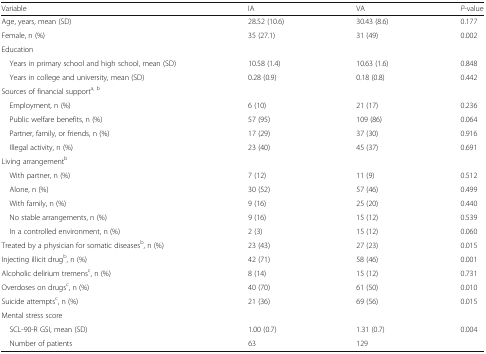
<table><thead><tr><td><b>Variable</b></td><td><b>IA</b></td><td><b>VA</b></td><td><b><i>P</i>-value</b></td></tr></thead><tbody><tr><td>Age, years, mean (SD)</td><td>28.52 (10.6)</td><td>30.43 (8.6)</td><td>0.177</td></tr><tr><td>Female, n (%)</td><td>35 (27.1)</td><td>31 (49)</td><td>0.002</td></tr><tr><td colspan="4">Education</td></tr><tr><td> Years in primary school and high school, mean (SD)</td><td>10.58 (1.4)</td><td>10.63 (1.6)</td><td>0.848</td></tr><tr><td> Years in college and university, mean (SD)</td><td>0.28 (0.9)</td><td>0.18 (0.8)</td><td>0.442</td></tr><tr><td colspan="4">Sources of financial support<sup>a, b</sup></td></tr><tr><td> Employment, n (%)</td><td>6 (10)</td><td>21 (17)</td><td>0.236</td></tr><tr><td> Public welfare benefits, n (%)</td><td>57 (95)</td><td>109 (86)</td><td>0.064</td></tr><tr><td> Partner, family, or friends, n (%)</td><td>17 (29)</td><td>37 (30)</td><td>0.916</td></tr><tr><td> Illegal activity, n (%)</td><td>23 (40)</td><td>45 (37)</td><td>0.691</td></tr><tr><td colspan="4">Living arrangement<sup>b</sup></td></tr><tr><td> With partner, n (%)</td><td>7 (12)</td><td>11 (9)</td><td>0.512</td></tr><tr><td> Alone, n (%)</td><td>30 (52)</td><td>57 (46)</td><td>0.499</td></tr><tr><td> With family, n (%)</td><td>9 (16)</td><td>25 (20)</td><td>0.440</td></tr><tr><td> No stable arrangements, n (%)</td><td>9 (16)</td><td>15 (12)</td><td>0.539</td></tr><tr><td> In a controlled environment, n (%)</td><td>2 (3)</td><td>15 (12)</td><td>0.060</td></tr><tr><td>Treated by a physician for somatic diseases<sup>b</sup>, n (%)</td><td>23 (43)</td><td>27 (23)</td><td>0.015</td></tr><tr><td>Injecting illicit drug<sup>b</sup>, n (%)</td><td>42 (71)</td><td>58 (46)</td><td>0.001</td></tr><tr><td>Alcoholic delirium tremens<sup>c</sup>, n (%)</td><td>8 (14)</td><td>15 (12)</td><td>0.731</td></tr><tr><td>Overdoses on drugs<sup>c</sup>, n (%)</td><td>40 (70)</td><td>61 (50)</td><td>0.010</td></tr><tr><td>Suicide attempts<sup>c</sup>, n (%)</td><td>21 (36)</td><td>69 (56)</td><td>0.015</td></tr><tr><td colspan="4">Mental stress score</td></tr><tr><td> SCL-90-R GSI, mean (SD)</td><td>1.00 (0.7)</td><td>1.31 (0.7)</td><td>0.004</td></tr><tr><td> Number of patients</td><td>63</td><td>129</td><td></td></tr></tbody></table>